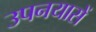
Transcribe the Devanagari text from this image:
उपनयासें